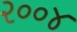
૨૦૦૪